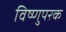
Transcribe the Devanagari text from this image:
विष्णुपरक